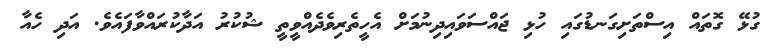
ގުޅޭ ގޮތައް އިސްތަށިގަނޑުގައި ހުޅި ޖައްސަވައިދިނުމަށް އެހީތެރިވެދެއްވީތީ ޝުކުރު އަދާކުރައްވާފައެވެ. އަދި ހެއާ